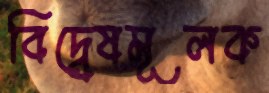
বিদ্বেষমূলক